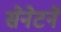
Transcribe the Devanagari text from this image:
सेनेटने